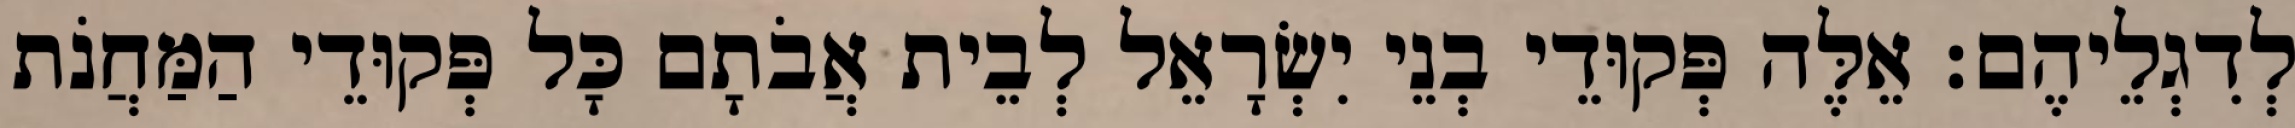
לְדִגְלֵיהֶם׃ אֵלֶּה פְּקוּדֵי בְנֵי יִשְׂרָאֵל לְבֵית אֲבֹתָם כָּל פְּקוּדֵי הַמַּחֲנֹת